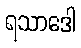
ရသာဒေါ